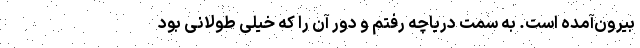
بیرون‌آمده است. به سمت دریاچه رفتم و دور آن را که خیلی طولانی بود